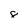
Character: 8